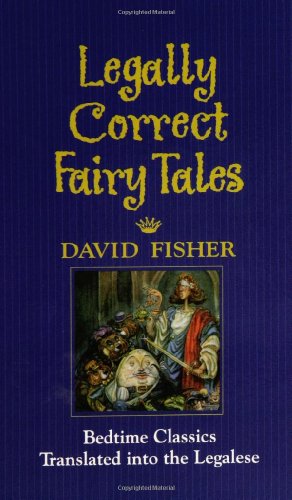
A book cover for Legally Correct Fairy Tales; David Fisher; Humor & Entertainment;